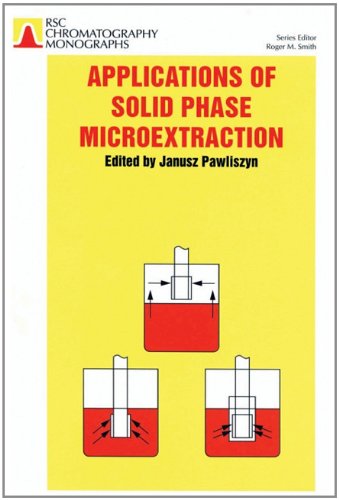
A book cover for Applications of Solid Phase Microextraction (RSC Chromatography Monographs); J. PAWLISZYN; Science & Math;